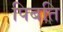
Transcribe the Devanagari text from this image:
पिबति